Scottish assistants in French schools and colleges, 1923
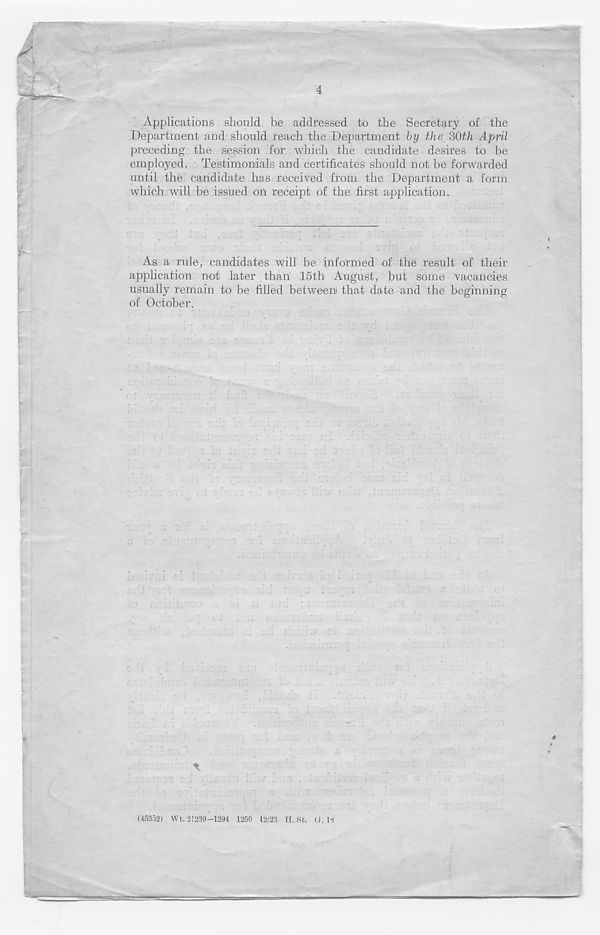
4
Applications should be addressed to the Secretary of the
Department and should reach the Department by the 30th April
preceding the session for which the candidate desires to be
employed. Testimonials and certificates should not be forwarded
until the candidate has received from the Department a form
which will be issued on receipt of the first application.
_
As a rule, candidates will be informed of the result of their
application not later than 15th August, but some vacancies
usually remain to be filled between that date and the beginning
of October.
(45352) Wt. 21239-1294 1250 12/23 H. St. 0.13